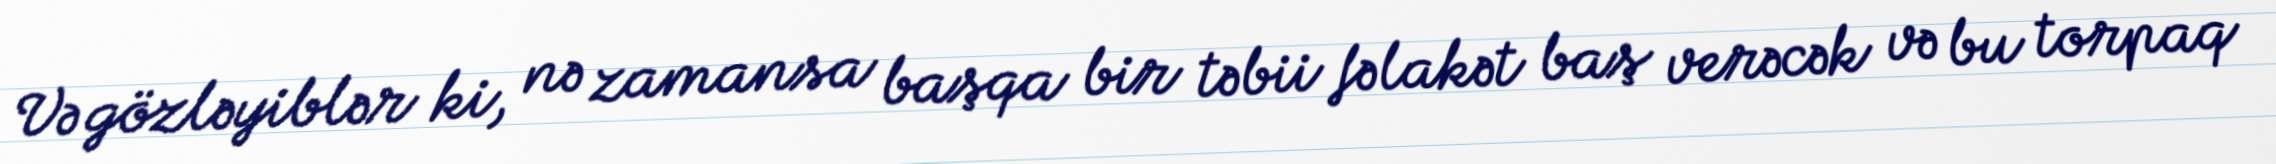
Və gözləyiblər ki, nə zamansa başqa bir təbii fəlakət baş verəcək və bu torpaq